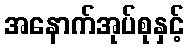
အနောက်အုပ်စုနှင့်